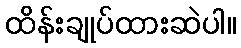
ထိန်းချုပ်ထားဆဲပါ။